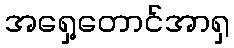
အရှေ့တောင်အာရှ